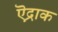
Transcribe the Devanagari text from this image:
ऎद्राक